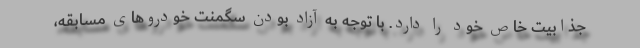
جذابیت خاص خود را دارد. با توجه به آزاد بودن سگمنت خودروهای مسابقه،